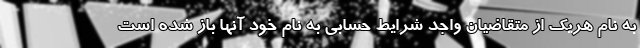
به نام هریک از متقاضیان واجد شرایط حسابی به نام خود آنها باز شده است